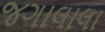
જગાલાલા